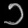
Digit: ၁